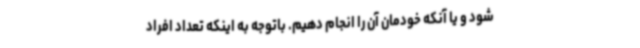
شود و یا آنکه خودمان آن را انجام دهیم. باتوجه به اینکه تعداد افراد